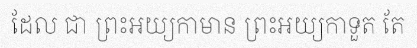
ដែល ជា ព្រះអយ្យកាមាន ព្រះអយ្យកាទួត តែ